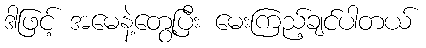
ဒါဖြင့် အမေနဲ့တွေ့ပြီး မေးကြည့်ချင်ပါတယ်